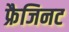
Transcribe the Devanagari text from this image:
फ्रैजिनट